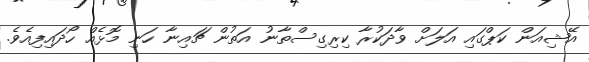
އޭޝިއަން ކަޕްގައި އަލަށް ވާދަކުރާ ކިރިގިސްތާނު އަތުން ޗައިނާ ހަނި މޮޅެއް ހޯދައިފިއެވެ.